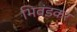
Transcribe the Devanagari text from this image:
भिवंडकर